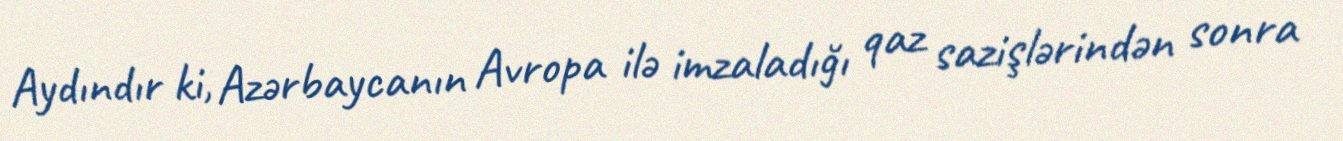
Aydındır ki, Azərbaycanın Avropa ilə imzaladığı qaz sazişlərindən sonra